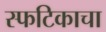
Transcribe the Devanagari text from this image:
स्फटिकाचा